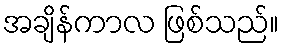
အချိန်ကာလ ဖြစ်သည်။